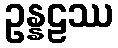
ဥန္နဠဿ